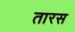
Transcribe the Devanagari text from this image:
तारस